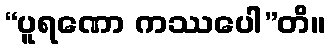
“ပူရဏော ကဿပေါ”တိ။